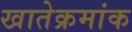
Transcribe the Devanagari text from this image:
खातेक्रमांक